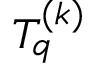
T _ { q } ^ { ( k ) }